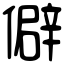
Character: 僻